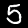
Label: 5